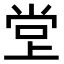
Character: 𫵁